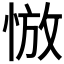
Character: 𰑮